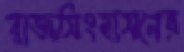
রাজসিংহাসনের